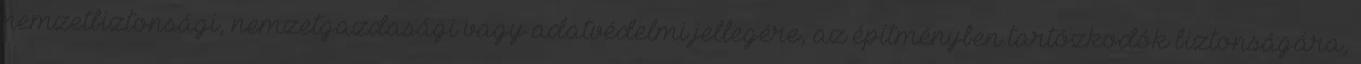
nemzetbiztonsági, nemzetgazdasági vagy adatvédelmi jellegére, az építményben tartózkodók biztonságára,